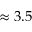
\approx 3 . 5